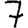
Digit: 7